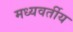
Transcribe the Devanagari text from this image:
मध्यवर्तीय